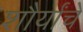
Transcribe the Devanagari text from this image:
शौर्यांचे